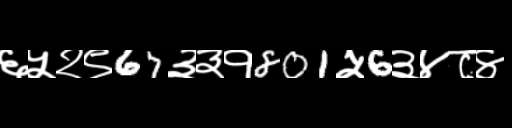
Text: ६५२९67३३१801५6३४८४